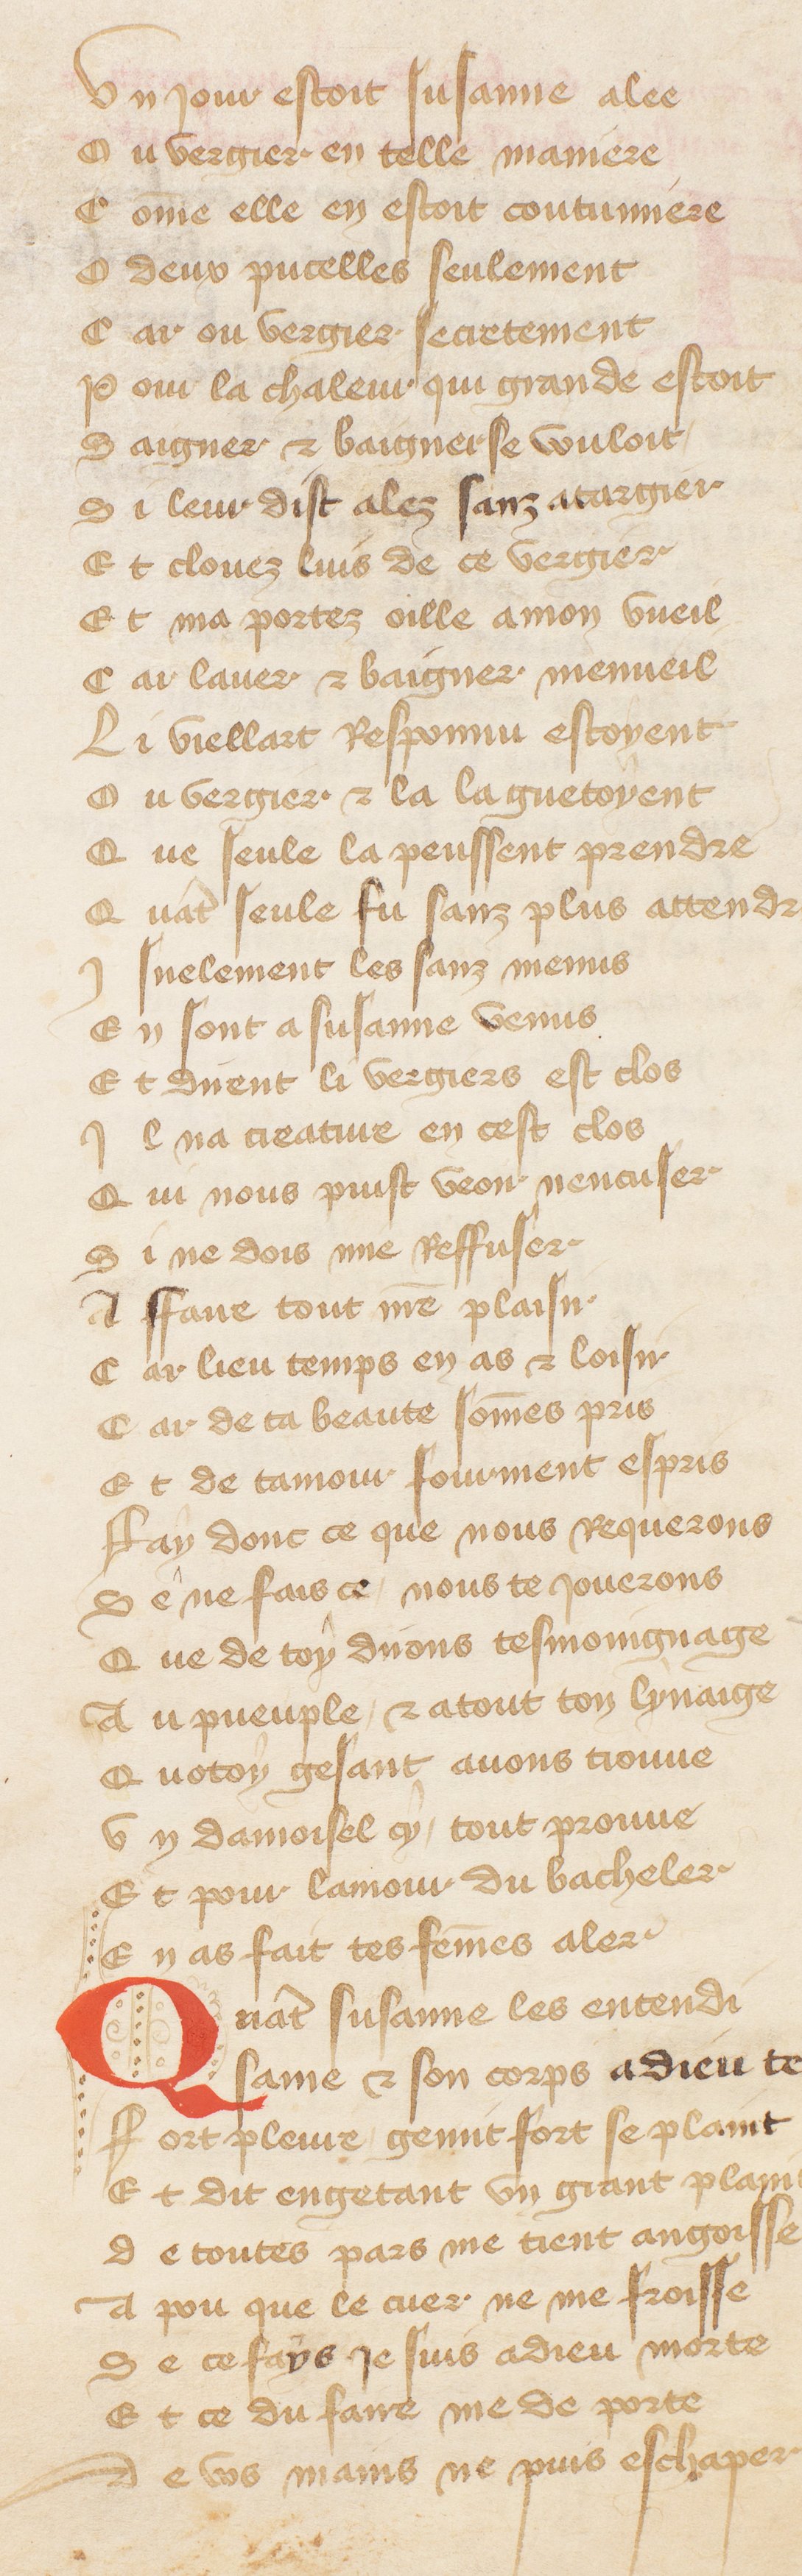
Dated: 1370–1415